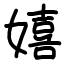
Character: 嬉